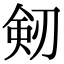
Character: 剱